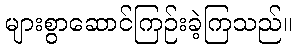
များစွာဆောင်ကြဉ်းခဲ့ကြသည်။